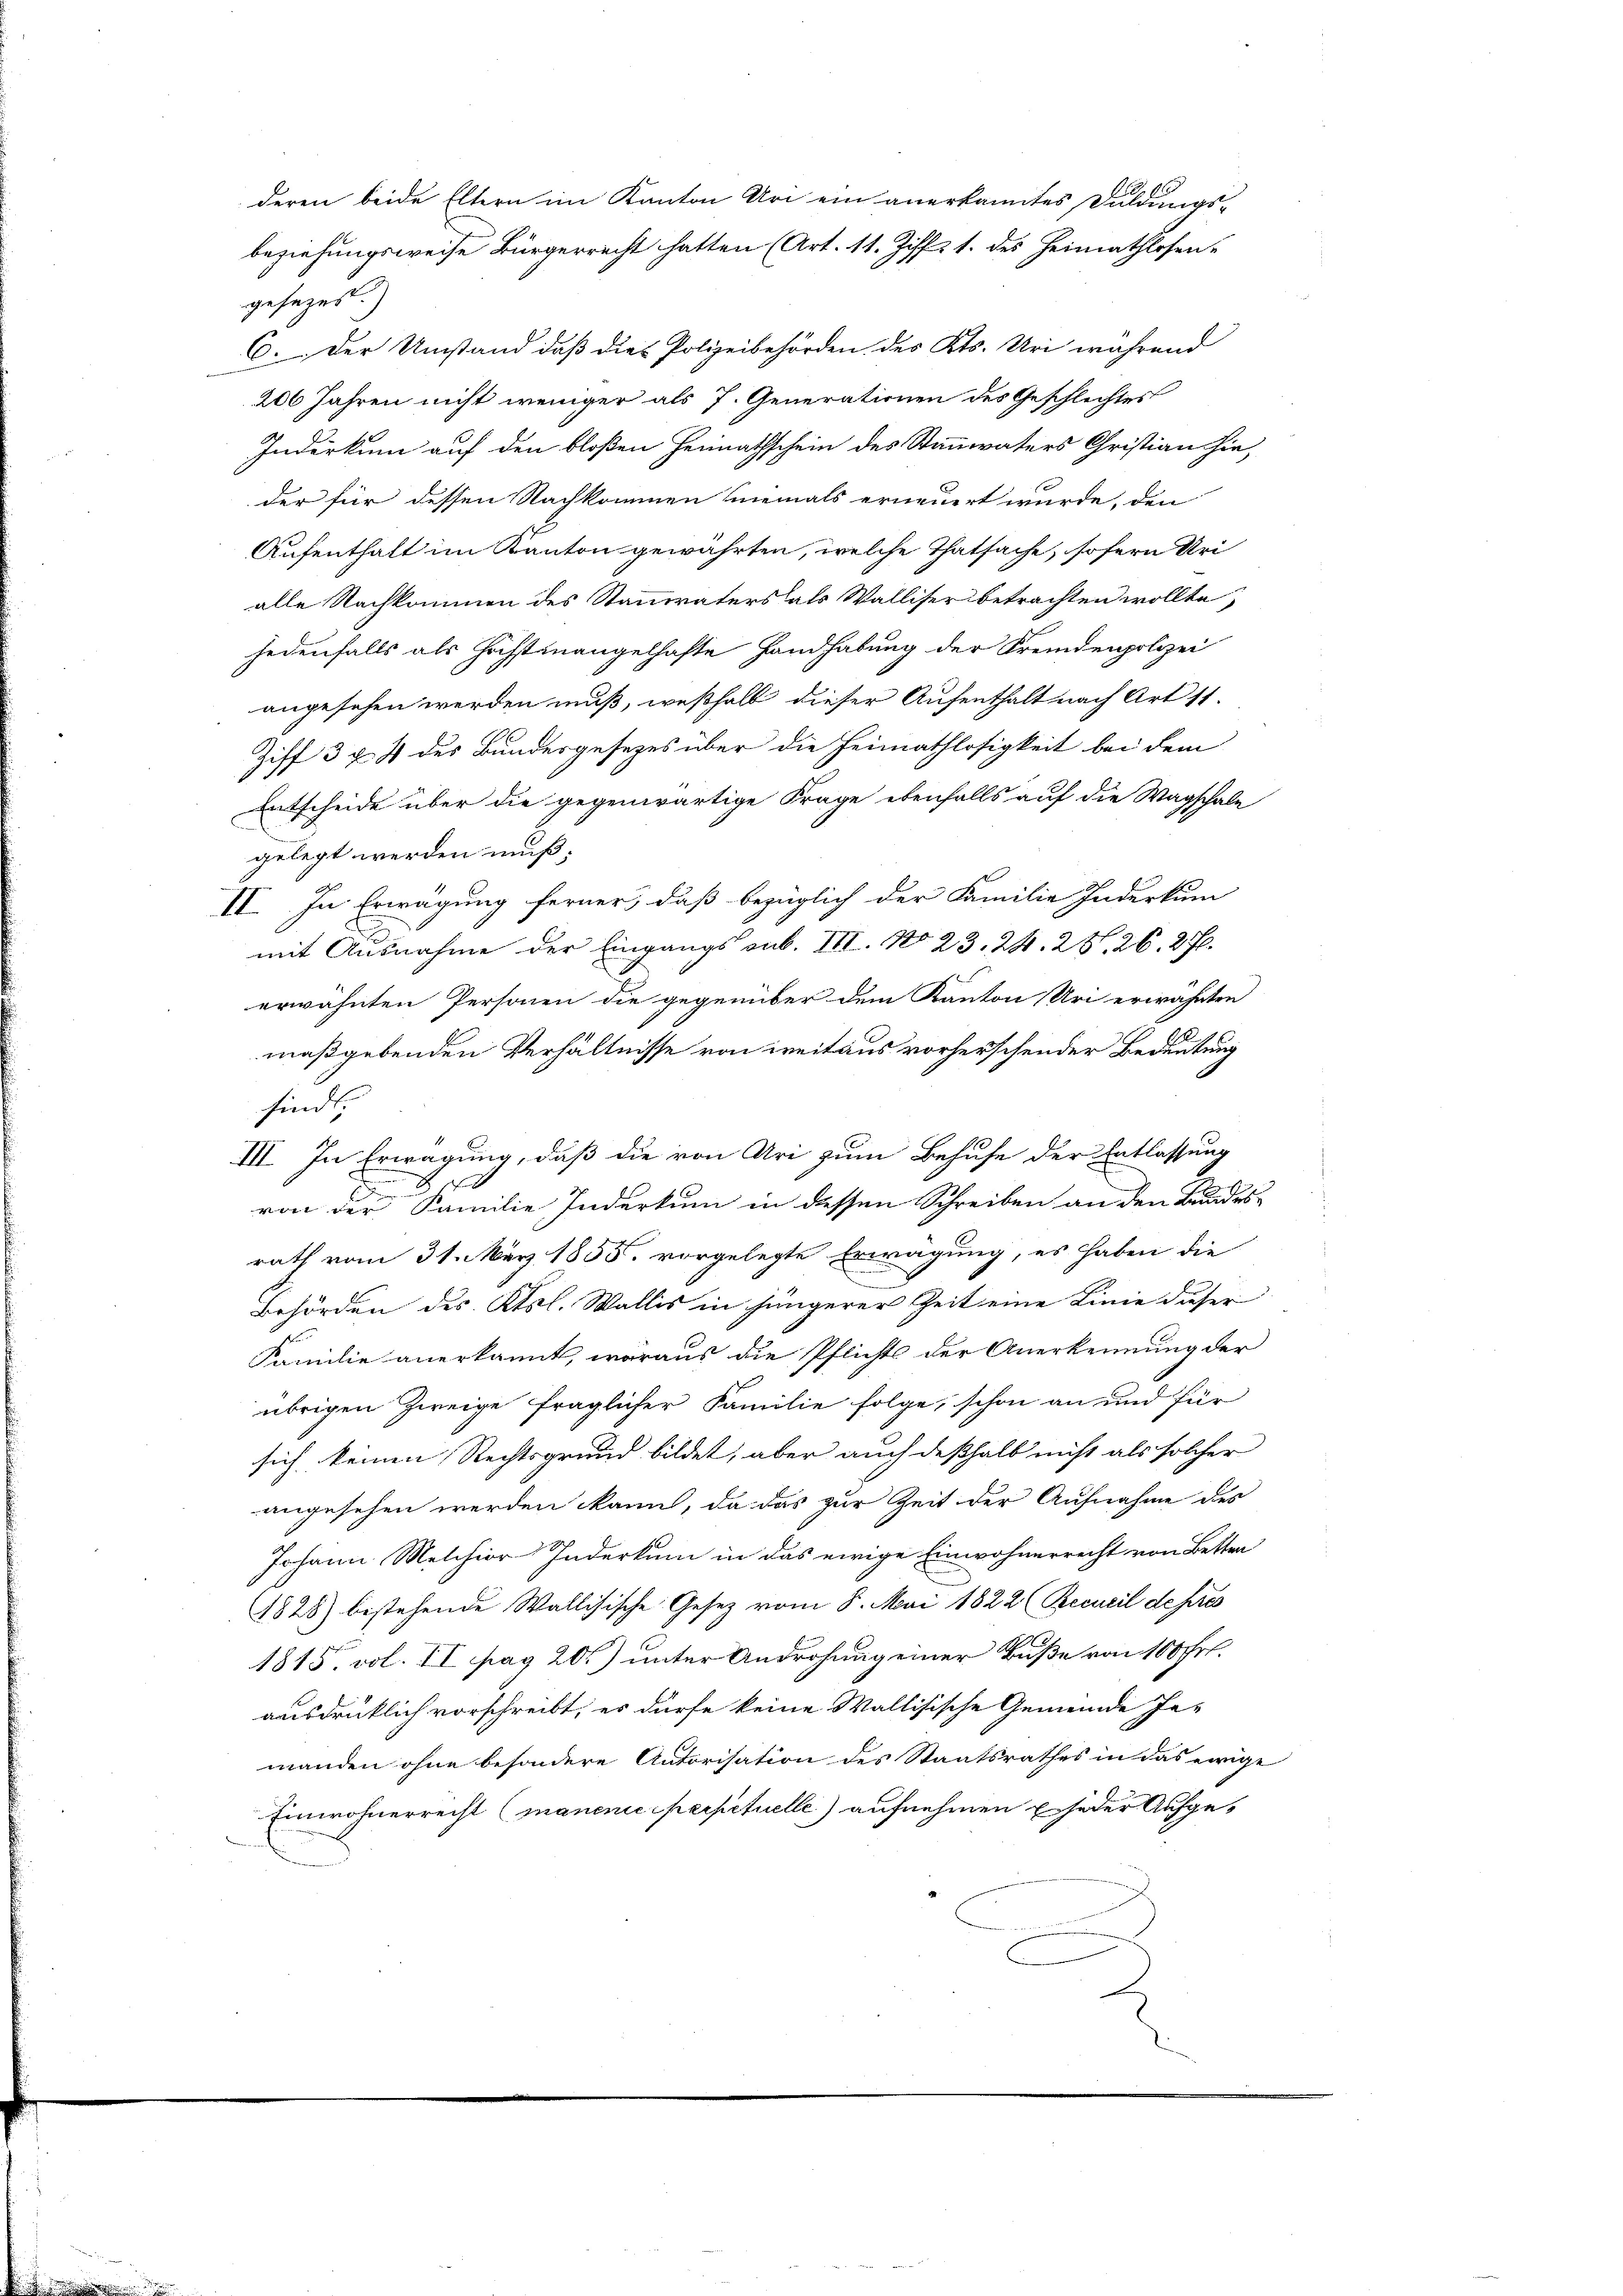
gesezes.)
6. Der Umstand daß die Polizeibehörden des Kts. Uri während
206 Jahren nicht weniger als 7. Generationen des Geschlechtes
Inderkum auf den bloßen Heimathschein des Stammvaters Christian hieder für dessen Nachkommen niemals erneuert wurde, den
Aufenthalt im Kanton gewährten, welche Thatsache, sofern Uri
alle Nachkommen des Stammvaters als Walliser betrachten wollte,
jedenfalls als höchstmangelhafte Handhabung der Fremdenpolizei
angesehen werden muß, weßhalb dieser Aufenthalt nach Art 11.
Ziff 3 f. 4 des Bundesgesetzes über die Heimathlosigkeit bei dem
Entscheide über die gegenwärtige Frage ebenfalls auf die Wagschale
gelegt werden muß;
II. In Erwägung ferner, daß bezüglich der Familie Inderkum
mit Ausnahme der Eingangs sub. III. No 23. 24. 28, 26. 27.
erwähnten Personen die gegenüber dem Kanton Uri erwähnten
maßgebenden Verhältnisse von weit aus vorherschender Bedeutung
sind;
III. In Erwägung, daß die von Uri zum Behufe der Entlassung
von der Familie Inderkum in dessen Schreiben an den Bundes-
rath vom 31. März 1855. vorgelegte Erwägung, es haben die
Behörden des Ktsl. Wallis in jüngerer Zeit eine Linie dieser
Familie anerkannt, woraus die Pflichts der Anerkennung der
übrigen Zweige fraglicher Familie folge, schon an und für
sich keinen Rechtsgrund bildet, aber auch deßhalb nicht als solcher
angesehen werden kann, da das zur Zeit der Aufnahme des
Johann Melchior Inderkum in das ewige Einwohnerrecht von Betten
.
1828) bestehende Wallisische Gesetz vom 8. Mai 1822 (Becueil depres
f
1815. vol. II. pag 20) unter Androhung einer Buße von 100 Fr.
ausdrücklich vorschreibt, es dürfe keine Wallisische Gemeinde Je-
manden ohne besondere Autorisation des Staatsrathes in das ewige
Einwohnerrecht (manenie perpetuelle) aufnehmen jeder Aufge¬

deren beide Eltern im Kanton Uri ein anerkanntes Duldungs-
beziehungsweise Bürgerrecht hatten (Art. 11. Ziff. 1. des Heimathlosen-